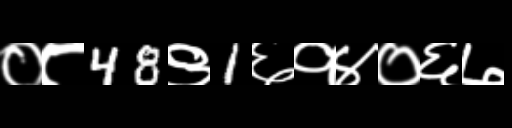
Text: ०८48९1६१४०६७